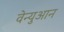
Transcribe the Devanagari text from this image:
वेन्युआन